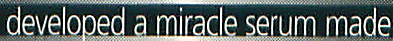
developed a miracle serum made